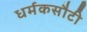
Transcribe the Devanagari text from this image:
धर्मकसौटी